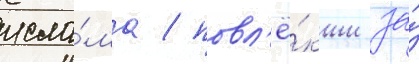
исла́ма / повл'ё́кши за́